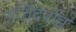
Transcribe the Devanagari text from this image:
अतिदर्पाच्च